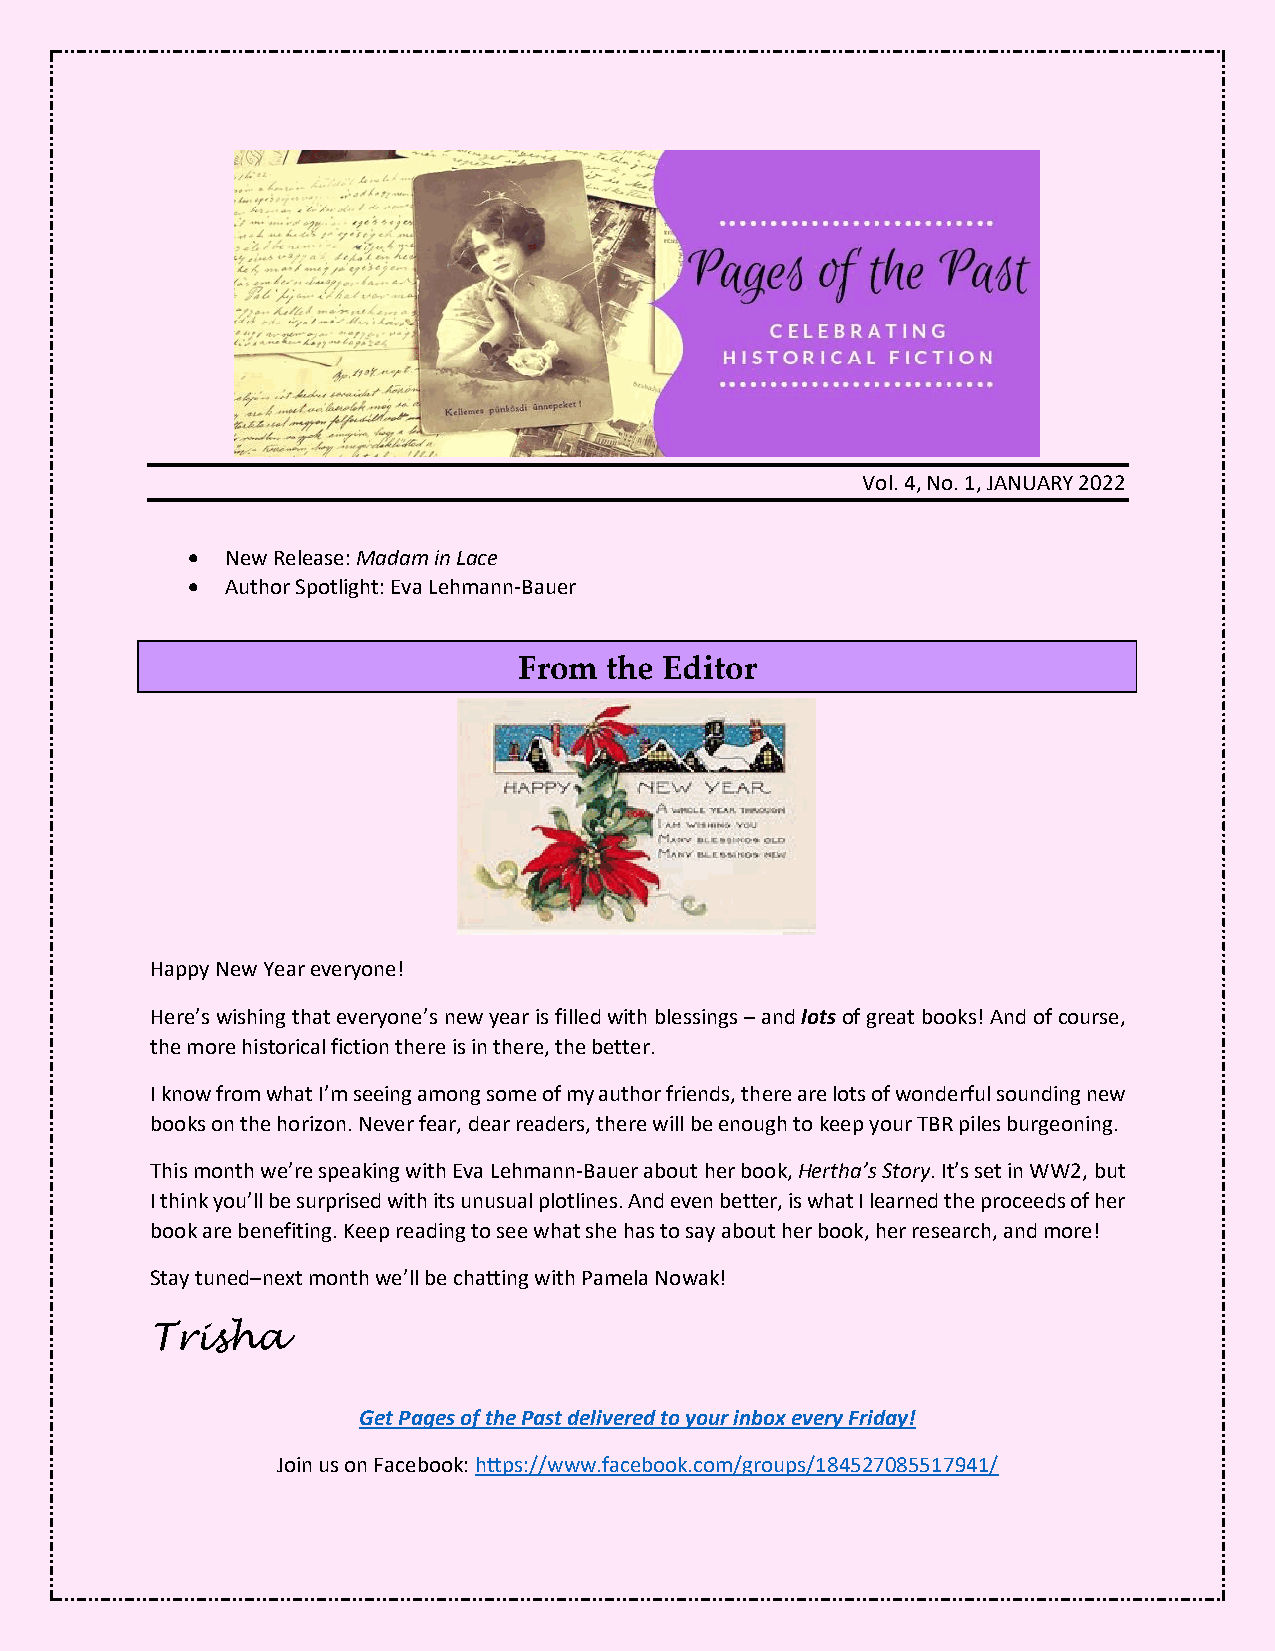
Vol. 4, No. 1, JANUARY 2022
 •  New Release: Madam in Lace
 •  Author Spotlight: Eva Lehmann-Bauer
 From  the Editor
 Happy New Year everyone!
 Here’s wishing that everyone’s new year is filled with blessings – and lots of great books! And of course,
 the more historical fiction there is in there, the better.
 I know from what I’m seeing among some of my author friends, there are lots of wonderful sounding new
 books on the horizon. Never fear, dear readers, there will be enough to keep your TBR piles burgeoning.
 This month we’re speaking with Eva Lehmann-Bauer about her book, Hertha’s Story. It’s set in WW2, but
 I think you’ll be surprised with its unusual plotlines. And even better, is what I learned the proceeds of her
 book are benefiting. Keep reading to see what she has to say about her book, her research, and more!
 Stay tuned–next month we’ll be chatting with Pamela Nowak!
 Trisha
 Get Pages of the Past delivered to your inbox every Friday!
 Join us on Facebook: https://www.facebook.com/groups/184527085517941/